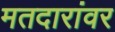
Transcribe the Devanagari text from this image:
मतदारांवर